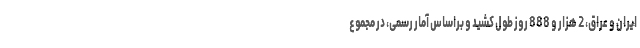
ایران و عراق، 2 هزار و 888 روز طول کشید و براساس آمار رسمی، در مجموع